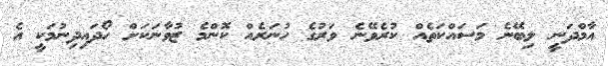
އާމްދަނީ ލިބޭނެ މަސައްކަތެއް ކުރެވޭނެ ވަރުގެ ހުނަރެއް ކޮންމެ ޒުވާނަކަށް ހޯދައިދިނުމަކީ އެ